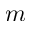
m